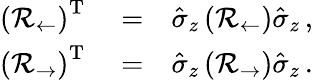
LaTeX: \begin{array}{rlr}{\left(\mathcal{R}_{\leftarrow}\right)^{\mathrm{T}}}&{{}=}&{\hat{\sigma}_{z}\left(\mathcal{R}_{\leftarrow}\right)\hat{\sigma}_{z}\, ,}\\ {\left(\mathcal{R}_{\rightarrow}\right)^{\mathrm{T}}}&{{}=}&{\hat{\sigma}_{z}\left(\mathcal{R}_{\rightarrow}\right)\hat{\sigma}_{z}\, .}\end{array}